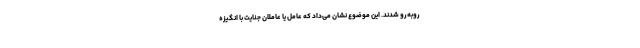
روبه‌رو شدند. این موضوع نشان می‌داد که عامل یا عاملان جنایت با انگیزه